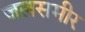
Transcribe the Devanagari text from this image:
जलसमीर